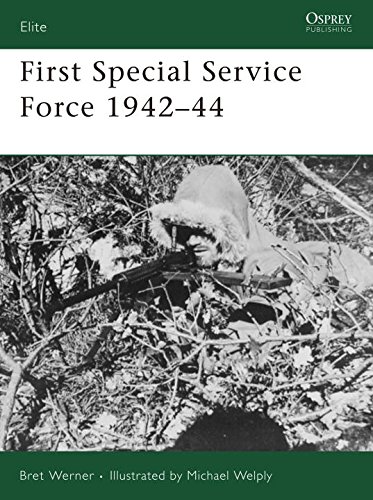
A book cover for First Special Service Force 1942 - 44 (Elite); Bret Werner; History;